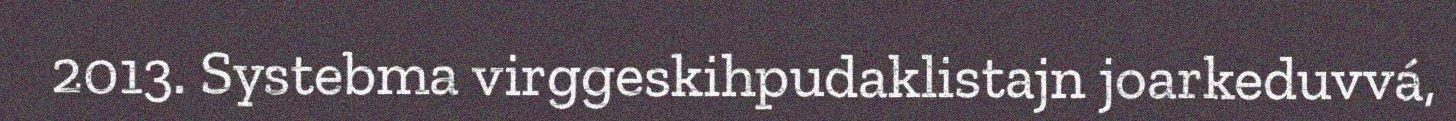
2013. Systebma virggeskihpudaklistajn joarkeduvvá,